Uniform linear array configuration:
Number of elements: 12
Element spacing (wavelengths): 0.75
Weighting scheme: exponential
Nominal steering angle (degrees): -15
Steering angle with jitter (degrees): -16.347
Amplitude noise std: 0.05
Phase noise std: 0.05

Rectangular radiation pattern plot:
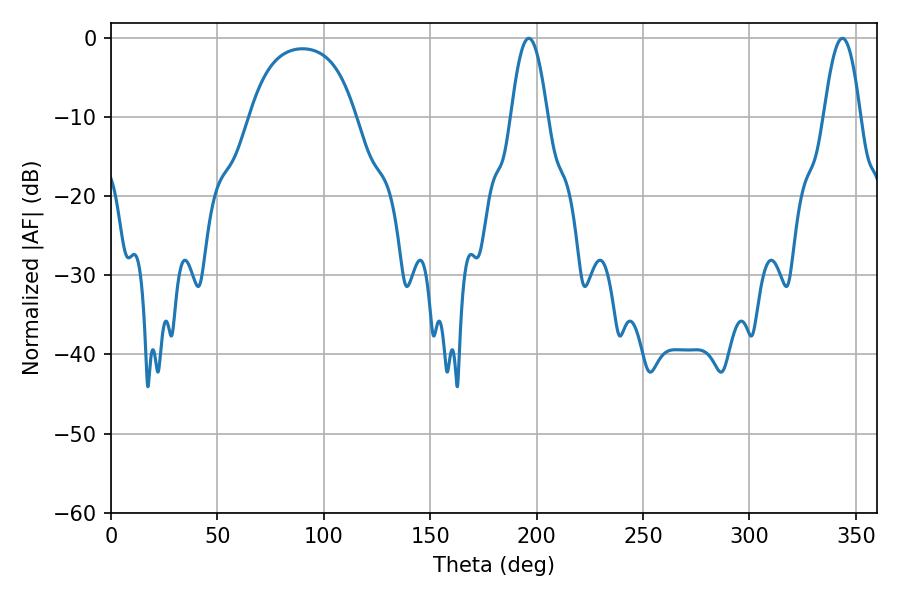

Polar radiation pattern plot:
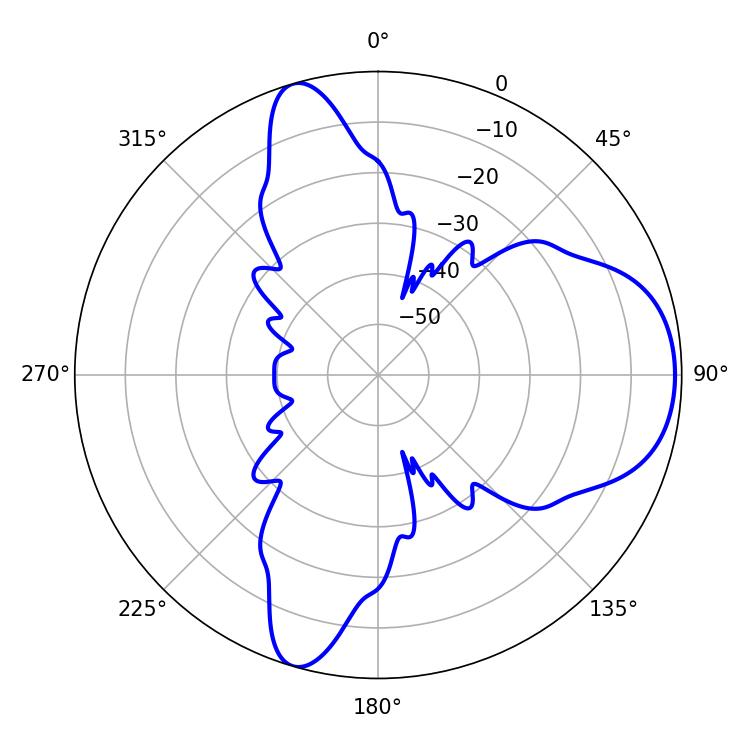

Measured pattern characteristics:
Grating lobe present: TRUE
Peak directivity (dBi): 7.813
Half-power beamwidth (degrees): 9.36
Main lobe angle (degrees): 196.38